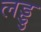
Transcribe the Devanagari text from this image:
लड्डु